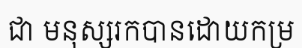
ជា មនុស្សរកបានដោយកម្រ